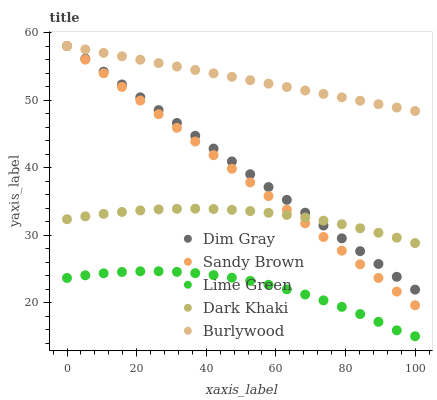
| xaxis_label | Dim Gray | Sandy Brown | Lime Green | Dark Khaki | Burlywood |
 | --- | --- | --- | --- | --- | --- |
 | 0 | 58 | 58 | 23.6 | 32.3 | 58 |
 | 5.26 | 56.1 | 56 | 24 | 32.8 | 57.5 |
 | 10.5 | 54.2 | 54 | 24.3 | 33.1 | 57 |
 | 15.8 | 52.3 | 51.9 | 24.5 | 33.4 | 56.5 |
 | 21.1 | 50.4 | 49.9 | 24.6 | 33.6 | 56 |
 | 26.3 | 48.5 | 47.9 | 24.6 | 33.8 | 55.5 |
 | 31.6 | 46.6 | 45.9 | 24.5 | 33.9 | 55 |
 | 36.8 | 44.7 | 43.9 | 24.3 | 33.9 | 54.5 |
 | 42.1 | 42.8 | 41.8 | 24.1 | 33.9 | 53.9 |
 | 47.4 | 40.9 | 39.8 | 23.7 | 33.7 | 53.4 |
 | 52.6 | 39 | 37.8 | 23.2 | 33.5 | 52.9 |
 | 57.9 | 37.1 | 35.8 | 22.6 | 33.3 | 52.4 |
 | 63.2 | 35.2 | 33.7 | 22 | 33 | 51.9 |
 | 68.4 | 33.3 | 31.7 | 21.2 | 32.6 | 51.4 |
 | 73.7 | 31.4 | 29.7 | 20.3 | 32.1 | 50.9 |
 | 78.9 | 29.5 | 27.7 | 19.4 | 31.6 | 50.4 |
 | 84.2 | 27.6 | 25.7 | 18.3 | 31 | 49.9 |
 | 89.5 | 25.7 | 23.6 | 17.1 | 30.3 | 49.4 |
 | 94.7 | 23.8 | 21.6 | 15.9 | 29.6 | 48.9 |
 | 100 | 21.9 | 19.6 | 15 | 28.8 | 48.4 |